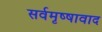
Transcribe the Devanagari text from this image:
सर्वमृष्षावाद